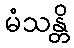
မံသန္တိ